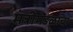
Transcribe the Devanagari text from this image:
मंत्रीमंडळाचा